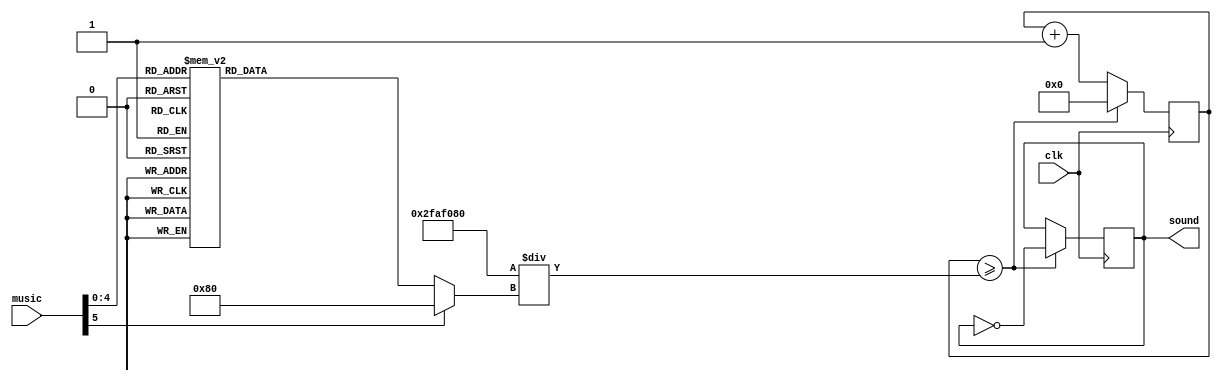
module music(
clk,
music,
sound
    );
     input clk;
     input [5:0] music;
    output reg sound;
    reg[10:0] freq;
    reg [30:0]temp = 0;
//always block for converting bcd digit into 7 segment format
    always @(music)
    begin
        case (music) //case statement
            0 : freq = 11'd262;//C
            1 : freq = 11'd277;
            2 : freq = 11'd294;//D
            3 : freq = 11'd311;
            4 : freq = 11'd330;//E
            5 : freq = 11'd349;//F
            6 : freq = 11'd370;  
            7 : freq = 11'd392;//G
            8 : freq = 11'd415;
            9 : freq = 11'd440;//中央A
           10 : freq = 11'd466;           
           11 : freq = 11'd494;//B si
           12 : freq = 11'd523;//C do
           13 : freq = 11'd554;
           14 : freq = 11'd587;//D
           15 : freq = 11'd622;
           16 : freq = 11'd659;//E
           17 : freq = 11'd698;//F
           18 : freq = 11'd739;  
           19 : freq = 11'd783;//G  SO
           20 : freq = 11'd831;
           21 : freq = 11'd880;//A
           22 : freq = 11'd932;           
           23 : freq = 11'd988;//B
           24 : freq = 11'd1046; //c
           25 : freq = 11'd1109;
           26 : freq = 11'd1175;//d
           27 : freq = 11'd1245;
            //switch off 7 segment character when the bcd digit is not a decimal number.
            default : freq = 11'd50_000_000;
        endcase
  //      sound = 125_00/freq;
    end

  always @(posedge clk)
    begin
    if(temp >= 50_000_000/freq)
      begin
        temp = 0;
        sound = ~sound;
      end
    else
      temp <= temp + 1;
    end
     
endmodule